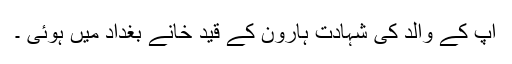
آپ کے والد کی شہادت ہارون کے قید خانے بغداد میں ہوئی ۔